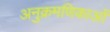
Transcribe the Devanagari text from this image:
अनुक्रमणिकाओं